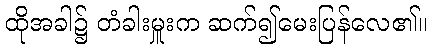
ထိုအခါ၌ တံခါးမှူးက ဆက်၍မေးပြန်လေ၏။